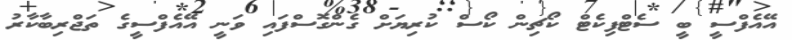
އޭއެފްސީ ބީ ސެޓްފިކެޓް ކޯޗިން ކޯސް ކުރިޔަށް ގެންގޮސްފައި ވަނީ އޭއެފްސީގެ ތަޖްރިބާކާރު